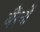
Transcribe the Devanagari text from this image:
बैंरनों